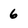
Character: 6